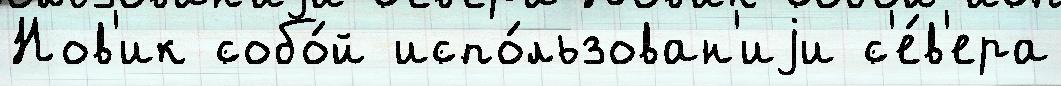
Нов'ик собо́й испо́льзован'иjи с'е́в'ера